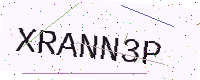
Text: XRANN3P